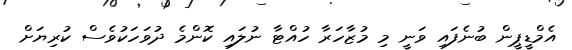
އެމްޑީޕީން ބުނެފައި ވަނީ މި މުޒާހަރާ ހުއްޓާ ނުލައި ކޮންމެ ދުވަހަކުވެސް ކުރިޔަށް